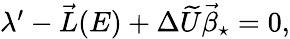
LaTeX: \begin{array}{r}{\lambda^{\prime}-\vec{L}(E)+\Delta\widetilde U\vec{\beta}_{\star}=0,}\end{array}